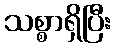
သစ္စာရှိပြီး